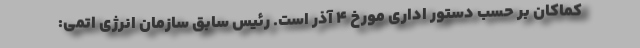
کماکان بر حسب دستور اداری مورخ ۴ آذر است. رئیس سابق سازمان انرژی اتمی: